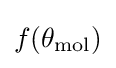
f(\theta _{\mathrm {mol} })